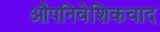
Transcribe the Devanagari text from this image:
औपनिवेशिकवाद